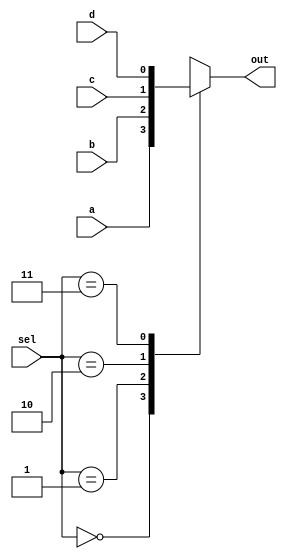
`timescale 1ns / 1ps
//////////////////////////////////////////////////////////////////////////////////
// Company: 
// Engineer: 
// 
// Design Name: 
// Module Name: Mux_2_bit
// Project Name: 
// Target Devices: 
// Tool Versions: 
// Description: 
// 
// Dependencies: 
// 
// Revision:
// Revision 0.01 - File Created
// Additional Comments:
// 
//////////////////////////////////////////////////////////////////////////////////


module Mux_2_bit(
input a,b,c,d,
    input [1:0] sel,
    output reg out
    
    );
    always@(*)
    case(sel)
    2'b00:
    out=a;
    2'b01:
    out=b;
    2'b10:
    out=c;
    2'b11:
    out=d;
    endcase
    
    
    
endmodule